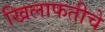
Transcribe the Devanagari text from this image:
खिलाफतीचे